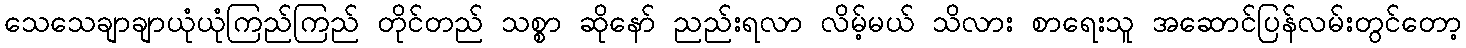
သေသေချာချာယုံယုံကြည်ကြည် တိုင်တည် သစ္စာ ဆိုနော် ညည်းရလာ လိမ့်မယ် သိလား စာရေးသူ အဆောင်ပြန်လမ်းတွင်တော့